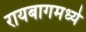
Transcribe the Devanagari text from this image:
रायबागमध्ये